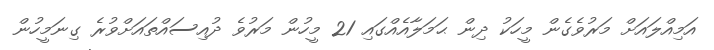
އަމިއްލައަށް މަރުވެގެން މީހަކު ދިން ޙަމަލާއެއްގައި 21 މީހުން މަރުވެ ދުއިސައްތައަށްވުރެ ގިނަމީހުން